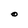
Character: O